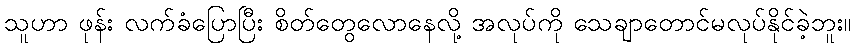
သူဟာ ဖုန်း လက်ခံပြောပြီး စိတ်တွေလောနေလို့ အလုပ်ကို သေချာတောင်မလုပ်နိုင်ခဲ့ဘူး။